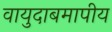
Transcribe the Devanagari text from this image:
वायुदाबमापीय